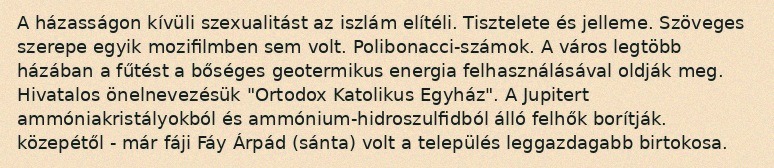
A házasságon kívüli szexualitást az iszlám elítéli. Tisztelete és jelleme. Szöveges szerepe egyik mozifilmben sem volt. Polibonacci-számok. A város legtöbb házában a fűtést a bőséges geotermikus energia felhasználásával oldják meg. Hivatalos önelnevezésük "Ortodox Katolikus Egyház". A Jupitert ammóniakristályokból és ammónium-hidroszulfidból álló felhők borítják. közepétől - már fáji Fáy Árpád (sánta) volt a település leggazdagabb birtokosa.